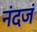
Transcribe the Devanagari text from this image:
नंदजं